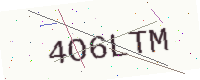
Text: 4O6LTM